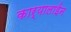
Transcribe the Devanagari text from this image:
कार्‍यालाईन